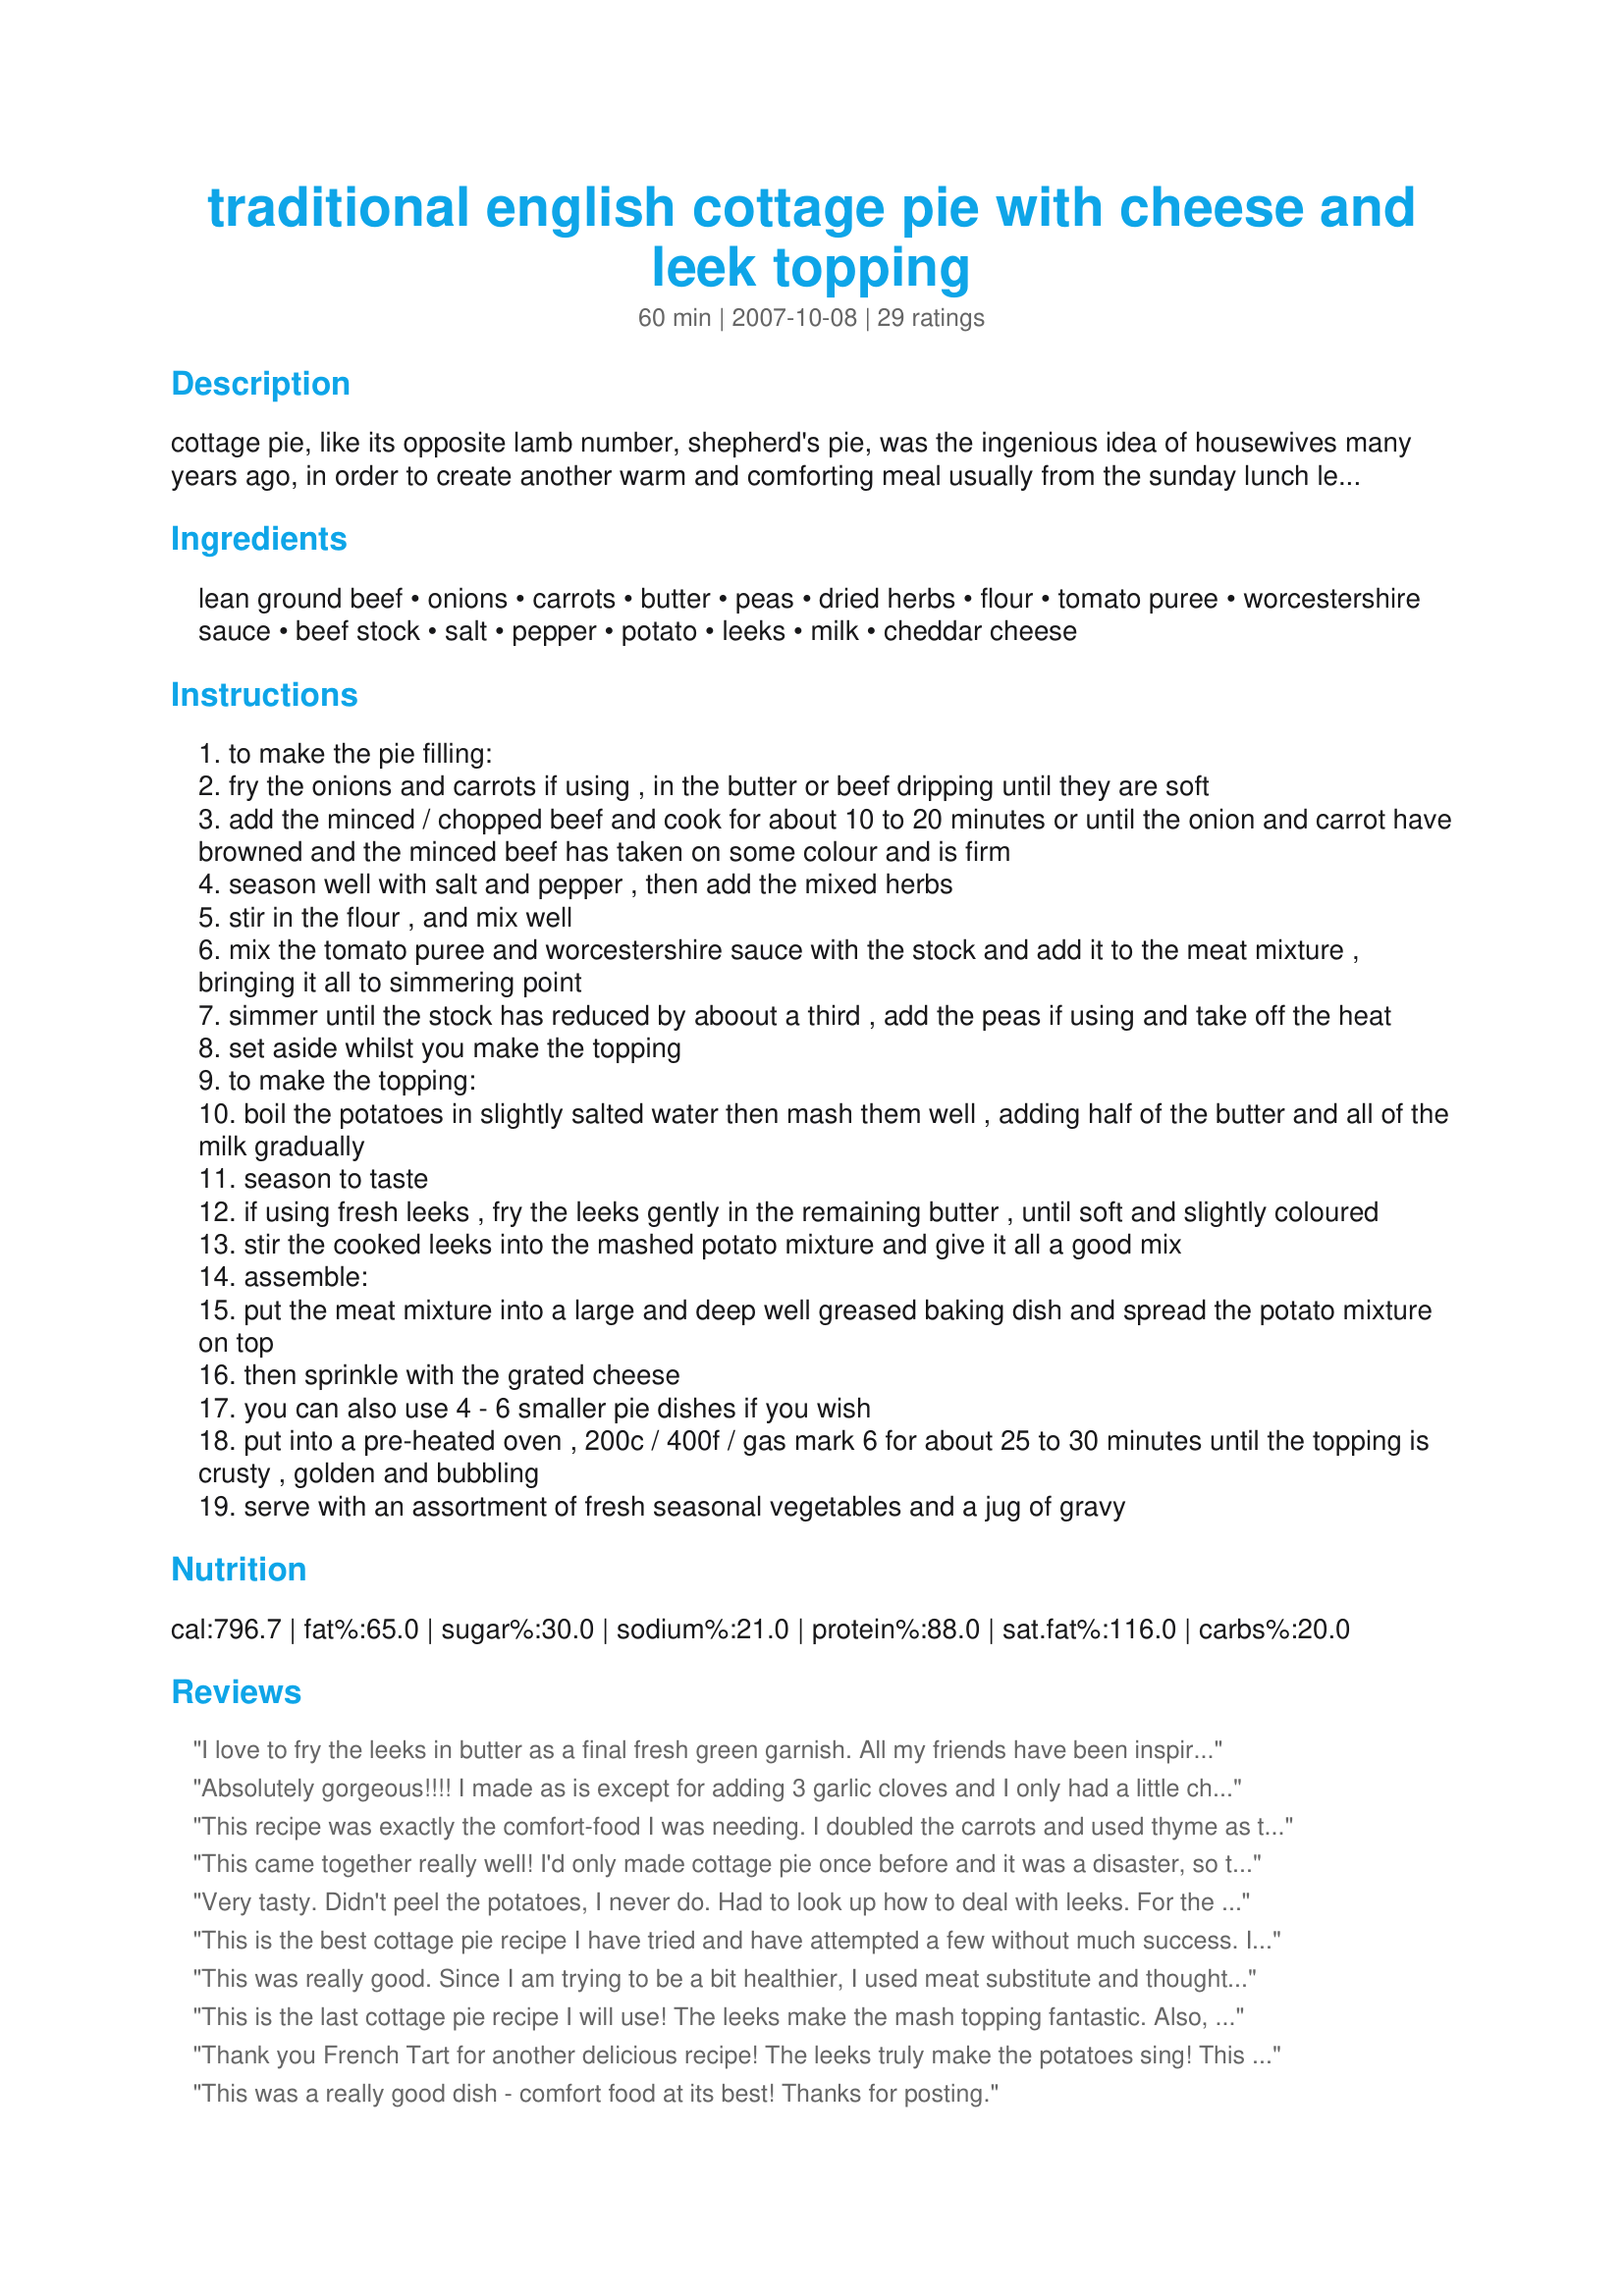
traditional english cottage pie with cheese and leek topping
Preparation time: 60 minutes

cottage pie, like its opposite lamb number, shepherd's pie, was the ingenious idea of housewives many years ago, in order to create another warm and comforting meal usually from the sunday lunch left-overs! cooked beef or lamb were diced or shredded and sometimes the vegetables were added to the meat mixture - such as peas or carrots. this recipe uses raw minced beef, but you could use minced cooked beef if you wish, i have added it as an alternative. the leeks were always added to the mashed potato topping when i was growing up - it was another way of utilising the leftovers! a bit like a bubble and squeak topping. i am not a lover of peas being added in my cottage pie, so i have suggested them as an option - i always prefer carrots as the vegetable to be added. try to use mature farmhouse cheddar cheese for the topping - a little goes a long way, as it is so strong in flavour. the cheese is very luxurious, but takes this simple and comforting pie to a higher taste level, in my humble opinion! serve bubbling hot straight from the oven with steamed cabbage, carrots or any seasonal vegetables and a jug of gravy.

Ingredients:
lean ground beef, onions, carrots, butter, peas, dried herbs, flour, tomato puree, worcestershire sauce, beef stock, salt, pepper, potato, leeks, milk, cheddar cheese

Steps:
to make the pie filling:
fry the onions and carrots if using , in the butter or beef dripping until they are soft
add the minced / chopped beef and cook for about 10 to 20 minutes or until the onion and carrot have browned and the minced beef has taken on some colour and is firm
season well with salt and pepper , then add the mixed herbs
stir in the flour , and mix well
mix the tomato puree and worcestershire sauce with the stock and add it to the meat mixture , bringing it all to simmering point
simmer until the stock has reduced by aboout a third , add the peas if using and take off the heat
set aside whilst you make the topping
to make the topping:
boil the potatoes in slightly salted water then mash them well , adding half of the butter and all of the milk gradually
season to taste
if using fresh leeks , fry the leeks gently in the remaining butter , until soft and slightly coloured
stir the cooked leeks into the mashed potato mixture and give it all a good mix
assemble:
put the meat mixture into a large and deep well greased baking dish and spread the potato mixture on top
then sprinkle with the grated cheese
you can also use 4 - 6 smaller pie dishes if you wish
put into a pre-heated oven , 200c / 400f / gas mark 6 for about 25 to 30 minutes until the topping is crusty , golden and bubbling
serve with an assortment of fresh seasonal vegetables and a jug of gravy

Reviews:
I love to fry the leeks in butter as a final fresh green garnish. All my friends have been inspired by this recipe and it has become a staple for all my roommates too! Thank you so much!
Absolutely gorgeous!!!! I made as is except for adding 3 garlic cloves and I only had a little cheddar left from France, it really has no flavour here in Switzerland as we have so many great mountain cheeses to choose from, so I mixed my remaining cheddar with gruyere, I also added more herbs, so I did not change the ingredients at all just amounts really and the slight difference in the cheese. This was sooooo goood and everyone in my family would have given it 10 stars if there was an option for that. I love the addition of the leek to the mash, it just totally added to the flavour. An exceptional post and we will enjoy this often as a wonderful winter meal. Only ended up making this tonight as we had a freak weather day of 13 degrees in summer!! Thanks FT
This recipe was exactly the comfort-food I was needing. I doubled the carrots and used thyme as the primary herb in the dish and gravy. It was devoured and has been repeatedly asked for by my housemates. Thank you so much for this!
This came together really well! I'd only made cottage pie once before and it was a disaster, so this was a nice surprise. The flavor isn't too strong, but it's the ultimate in comfort food. I added some chopped parsnips along with the carrots, which was a nice addition. My husband loved it, too!
Very tasty. Didn't peel the potatoes, I never do. Had to look up how to deal with leeks. For the herbs I used parsley, sage, rosemary and thyme. Cooked the potatoes, leeks, and onion/carrot/meat at the same time. Instead of stock I used a splash of sherry and water. Used colby jack, that's what I had. Took me longer than an hour. Traditional Mixed Herbs are equal parts: Basil, Marjoram, Oregano, Rosemary, Sage, Thyme
This is the best cottage pie recipe I have tried and have attempted a few without much success. I used extra lean minced Aberdeen Angus beef, which required a bit more liquid as less fat came off the meat. Added more Worcester sauce, went with the red wine, a beef Oxo cube and skipped the salt. Cornflour instead of flour. The herbs I used were Basil, Marjoram, Oregano, Rosemary, Sage, Thyme. Didn't have peas but threw a few frozen peppers in. The leeks in the mash really added taste and texture and for personal taste added more butter to make it extra creamy. The mature cheddar really tops the dish off nicely. It went down really well with everyone and next time will make smaller portions for freezing for a quick supper during the week. Top marks!
This was really good. Since I am trying to be a bit healthier, I used meat substitute and thought it turned out fine.
This is the last cottage pie recipe I will use! The leeks make the mash topping fantastic. Also, using the mature cheddar is crucial to the final outcome. I used mince because that's what I had...I also used the peas because we love them. Gravy and steamed broccoli rounded out the meal. Fantastic flavour in the beef. Thanks for posting, Karen!
Thank you French Tart for another delicious recipe! The leeks truly make the potatoes sing! This is a keeper! I&#039;ll be using this recipe from now on!
This was a really good dish - comfort food at its best! Thanks for posting.
5 gold-studded stars for an exceptional meal, bu, really, imagine that I'm tossing stars and flowers at your feet. French Tart, I love your recipes. The tantalizing smell preceeded the meal and the taste exceeded (my)expectations (my gang knows they'll only get the best from my kitchen). I used red wine; for dried herbs I used Bragg Sprinkles which is a perfect melange of herb and spice seasonings, and I used an extra old white cheddar for on top. The filling flavour is rich, deep, wholesome, and hearty, so, so satisfying. And the topping is thick but light and flavoured delicately with the leek, which I cut into thin rings and sauteed first. I added a cup of baby peas and doubled up the carrots. Thankyou, thankyou, thank you.
I've never had a English Cottage Pie before but wanted to make this after reading the ingredients and reviews. This is a wonderful soulful recipe that I'll be making often. I substituted bacon dripping for the first butter addition and also added some minced garlic to the filling. Peas were not used and also used beef stock instead of red wine. In the refrigerator are some porters and ales which will be served along with salad greens, mushroom demi-glace, and Southern style biscuits to go with this fabulous dish. Thank you so much French Tart for posting this delicious recipe.
excellent recipe, i've eaten a lot of cottage pie and this one is great, thanks for sharing
Very satisfying and simple. I added a couple of extra vegetables to the carrots and peas. I also mixed in some cheese with the mashed potatoes as well as topping the whole thing with shredded cheese. Thanks for sharing!
everyone enjoyed this, especially the husband. All the kids ate it, with the exception of the 4 yr old, but he doesn't eat anything. My 2 year old gobbled it up. Husband says "it's a keeper". Thank you.
Throughly enjoyed this Cottage Pie, and so did my Family, will definitely make again.
Absolutely brilliant. Carrots and parsnips in the beef, both red wine and a stock pot to make the stock, potatoes with skins, huge pile of leeks, coriander and Herbes de Provence as herbs.&lt;br/&gt;&lt;br/&gt;You can also make a great vegetarian version by replacing the beef with 500g cooked Puy lentils or beluga lentils. They will tend to dry out the mixture more than fatty beef mince, so add the stock cube and just enough red wine at the same time, to keep the mixture moist and a little liquid at the bottom, like frying mince.
This was absolutely beautiful. I will definitely be making this again for the winter time.
Scrumptious, we threw in some celeriac and roast beef to the mix, but otherwise made as written. Yum!
I thought that this recipe was fantastic. I did not really make any changes...just minor personalization. For the filling I sauteed carrots, onions, garlic, and a wee bit of celery until the onion was translucent before adding the beef. For the gravy I used 3/4 cup beef broth & a bit over 1/4 cup of carmenere to add depth in addition to the tomato paste and a tiny bit of Worchestershire. Also, I added any additional pressed clove of garlic.. I used sage, marjoram, & thyme for the herbs. For the leeks I deglazed the hot pan with a smidge of chicken stock and used that to moisten the mashed potates.
This was perfect for me to make. I had all the ingredients ready and I made 6 smaller portions and froze them for future suppers. Easy to make and the kitchen smelt so good. Thanks for a different ready to eat meal for us.I did add peas to mine and used some fine herbs to the broth.<br/>Thanks
This is very nice. I made this with party potatoes(#84250) I had from the previous night. It was so good; we should have had another party.
Yummy! Good comfort food. I used the wine option, it was very rich but not fatty as I drained the liquid from the meat. I added a couple of small bay leaves to the meat and removed before adding peas. My family loved this meal, my 11 yr old daughter had 3rds (never been done before). This really is a one dish meal, everything is already included. Thank you.
Yummy. Used 1/2 lb of turkey to replace some of the beef. I also asked for the Farmhouse cheese and the local store didn't carry it so I used "Supersharp" cheddar instead. I think I need to use less salt in seasoning the meat since the broth and worcestershire sauce are salty enough for me. One out of 2 toddlers gave it a thumbs up ;)
This is the one! This is the best cottage pie we have ever eaten - and we have had many. I added the peas, used red wine, and made my mashed potatoes with a lot more milk. I also used anchor cheese as we are a fan of the anchor brand being kiwis. Dad went up for seconds which is always a good sign. But so did mum!!!! She never has seconds unless it's desert. We have all said that this is the one from now on. Thanks for posting. happy cooking. Miss Pixie x x x :D
My whole family liked this (with the exception of my 4yo, who doesn't like anything new!!). I followed the recipe except for omitting the leeks, simply because I didn't have any. This was real soul food, it tasted very authentic! I've tried a couple of times to make this straight out of my head, and it hasn't worked out that well. To me the worcestershire sauce really contributed to flavour and balance. Many thanks FT, this one is a keeper!!
Keeping with the leftovers theme, I made this partially with leftover pot roast, but I didn't have enough and added some ground beef too. I topped it with leftover mashed potatoes and used green beans instead of peas since that's what I had. I also used leftover gravy from the pot roast for the "juice" in the recipe instead of the beef broth. This makes a lot. I divided it up into two 9X9 inch pans, baked one and froze the other one. The potato, leek, and cheese topping was really delicious and totally made this dish!
Now I have eaten "a lot" of Cottage Pies & Sheperd's Pies. It is one of my favorite dishes to have in the frig. I will often make one for the week & eat it all by myself with a salad & hot peppers on the side. I used lean ground beef (adding fresh garlic) which I browned. Fresh thyme was used plus carrots & frozen sweet peas (added at the end). For 1LB of gr. beef I added 1 cup beef both & 1/4 cup red wine. For the potato topping, I added chives from the garden as leeks are very expensive here. Other then that I followed the recipe. This is a dish that I can make in advance & bake when needed. Thank you French Tart for "another" great recipe!
I love this recipe. I have tried other Cottage/Shepherds Pies. I used left over pot roast and had saved the roast juice. I used that in place of buying beef stock. I loved the leeks in the mashed potatoes. Nice mild onion flavor to the taters. I used Herd De Provence for the dried herbs. Very nice flavor. I will be putting this in my Top Favorite reciptes.
